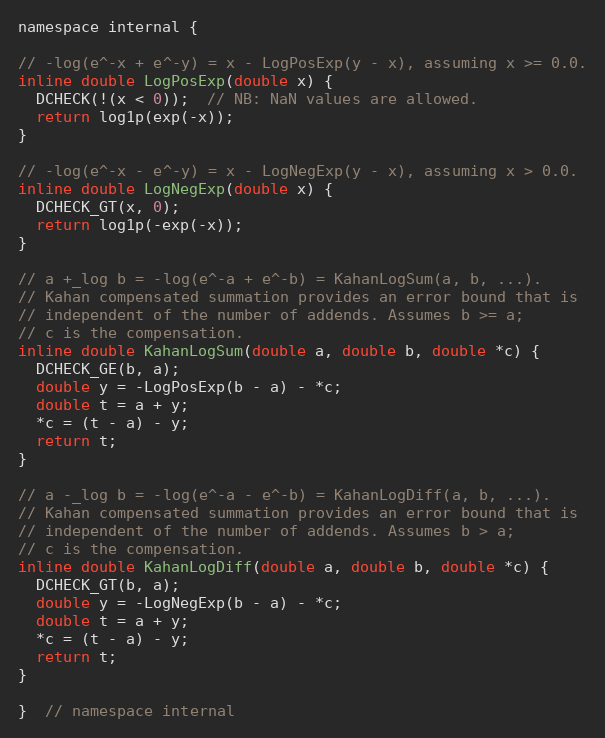
Language: C
namespace internal {

// -log(e^-x + e^-y) = x - LogPosExp(y - x), assuming x >= 0.0.
inline double LogPosExp(double x) {
  DCHECK(!(x < 0));  // NB: NaN values are allowed.
  return log1p(exp(-x));
}

// -log(e^-x - e^-y) = x - LogNegExp(y - x), assuming x > 0.0.
inline double LogNegExp(double x) {
  DCHECK_GT(x, 0);
  return log1p(-exp(-x));
}

// a +_log b = -log(e^-a + e^-b) = KahanLogSum(a, b, ...).
// Kahan compensated summation provides an error bound that is
// independent of the number of addends. Assumes b >= a;
// c is the compensation.
inline double KahanLogSum(double a, double b, double *c) {
  DCHECK_GE(b, a);
  double y = -LogPosExp(b - a) - *c;
  double t = a + y;
  *c = (t - a) - y;
  return t;
}

// a -_log b = -log(e^-a - e^-b) = KahanLogDiff(a, b, ...).
// Kahan compensated summation provides an error bound that is
// independent of the number of addends. Assumes b > a;
// c is the compensation.
inline double KahanLogDiff(double a, double b, double *c) {
  DCHECK_GT(b, a);
  double y = -LogNegExp(b - a) - *c;
  double t = a + y;
  *c = (t - a) - y;
  return t;
}

}  // namespace internal